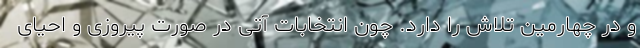
و در چهارمین تلاش را دارد. چون انتخابات آتی در صورت پیروزی و احیای